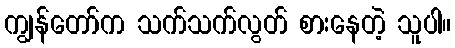
ကျွန်တော်က သက်သက်လွတ် စားနေတဲ့ သူပါ။